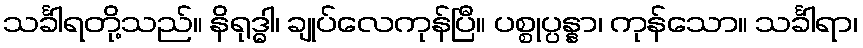
သင်္ခါရတို့သည်။ နိရုဒ္ဓါ၊ ချုပ်လေကုန်ပြီ။ ပစ္စုပ္ပန္နာ၊ ကုန်သော။ သင်္ခါရာ၊